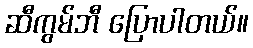
ဆီကွမ်ဘီ ပြောပါတယ်။